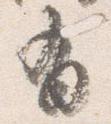
有